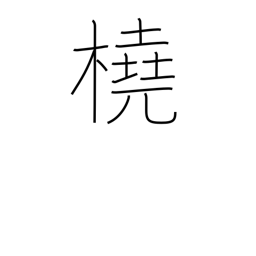
Meaning: scull